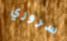
سروري